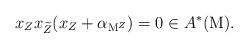
LaTeX: \begin{align*}x_Z x_{\widetilde{Z}}(x_Z+\alpha_{\mathrm{M}^Z})=0 \in A^*(\mathrm{M}).\end{align*}